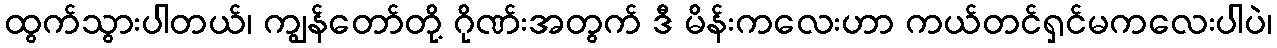
ထွက်သွားပါတယ်၊ ကျွန်တော်တို့ ဂိုဏ်းအတွက် ဒီ မိန်းကလေးဟာ ကယ်တင်ရှင်မကလေးပါပဲ၊